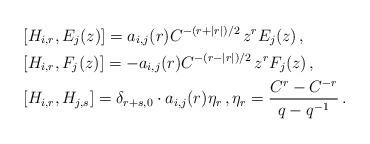
LaTeX: \begin{align*}&[H_{i,r},E_j(z)]= a_{i,j}(r)C^{-(r+|r|)/2} \,z^r E_j(z)\,,\\&[H_{i,r},F_j(z)]=-a_{i,j}(r)C^{-(r-|r|)/2} \,z^r F_j(z)\,,\\&[H_{i,r},H_{j,s}]=\delta_{r+s,0} \cdot a_{i,j}(r)\eta_r\,,\eta_r=\frac{C^r-C^{-r}}{q-q^{-1}}\,.\end{align*}